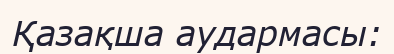
Қазақша аудармасы: